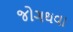
જોગથવા